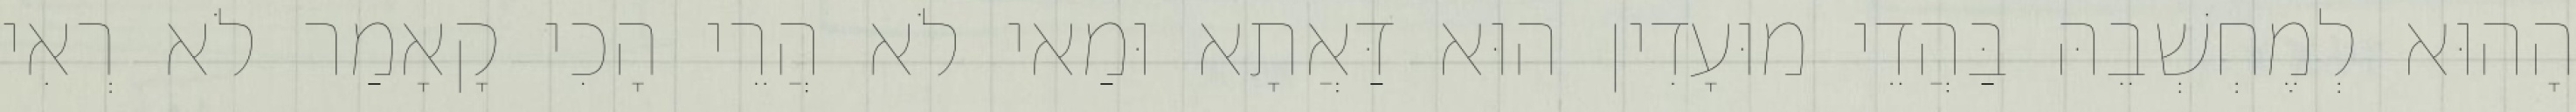
הָהוּא לְמֶחְשְׁבֵהּ בַּהֲדֵי מוּעָדִין הוּא דַּאֲתָא וּמַאי לֹא הֲרֵי הָכִי קָאָמַר לֹא רְאִי